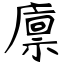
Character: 廪